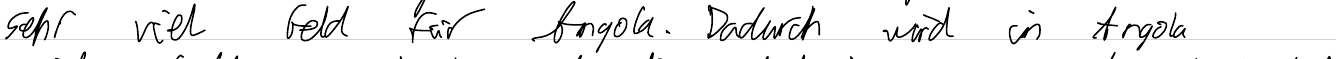
sehr viel Geld für Angola. Dadurch wird in Angola